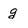
Character: g